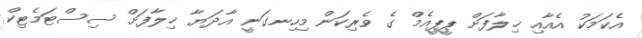
އެކަމަކު އެއާއި ޚިލާފަށް ޕީޕީއެމް ގެ ވެރިކަން މިހިނގަނީ އާދަޔާ ޚިލާފަށް ސިސްޓަމެޓިކް